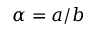
\alpha = a / b